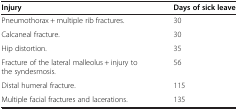
| Injury | Days of sick leave |
 | --- | --- |
 | Pneumothorax + multiple rib fractures. | 30 |
 | Calcaneal fracture. | 30 |
 | Hip distortion. | 35 |
 | Fracture of the lateral malleolus + injury to the syndesmosis. | 56 |
 | Distal humeral fracture. | 115 |
 | Multiple facial fractures and lacerations. | 135 |